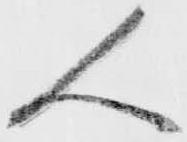
人